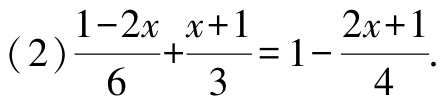
(2)$\frac{1 - 2x}{6} + \frac{x + 1}{3} = 1 - \frac{2x + 1}{4}$.